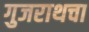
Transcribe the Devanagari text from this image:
गुजराथचा